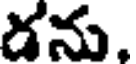
డను,